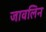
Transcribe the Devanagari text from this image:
जावलिन